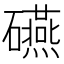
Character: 𥗕